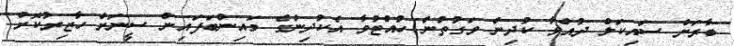
ބާރަށް ސައިކަލް ދުއްވާ ކުދިން ވަގުތުން ހުއްޓުވާ އެކުދިންގެ މައިންބަފައިން ސީނަށް ހާޒިރުކޮށް